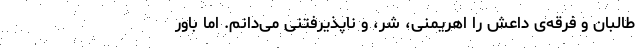
طالبان و فرقه‌ی داعش را اهریمنی، شر، و ناپذیرفتنی می‌دانم. اما باور